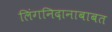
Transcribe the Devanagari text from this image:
लिंगनिदानाबाबत